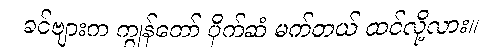
ခင်ဗျားက ကျွန်တော် ပိုက်ဆံ မက်တယ် ထင်လို့လား။